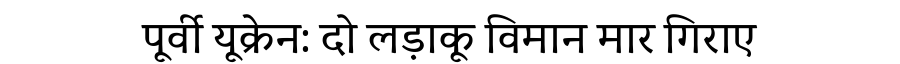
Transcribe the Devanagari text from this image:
पूर्वी यूक्रेन: दो लड़ाकू विमान मार गिराए